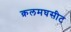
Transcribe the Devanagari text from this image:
क़लमघसीट